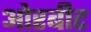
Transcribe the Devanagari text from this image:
ओरबीट